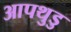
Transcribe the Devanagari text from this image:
आपथुडु